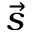
\vec { s }